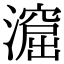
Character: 㵠